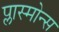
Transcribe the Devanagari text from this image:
प्लास्मोन्स